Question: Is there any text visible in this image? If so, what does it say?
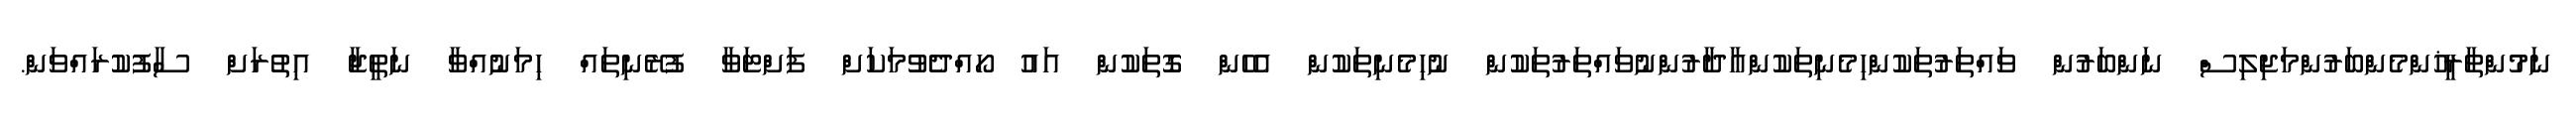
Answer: ނަމުންތާރީޚުންމެންބަރުންމަޖިލިސް ނަންބަރުން ވައްތަރުތަކުންހިމެނިތަކުންއާދާރުންނުވައްތަރުތަކުން ނުހިމެނިތަކުން އެހެން ގޮތަކުން އައު ހޯއްދެވުމަކަށް ފަށްޓަވާ ފުރޭނިތައް ހިމަނުއްވާ ނަތީޖާ އިތުރަށް ސާފުކުރައްވަން.